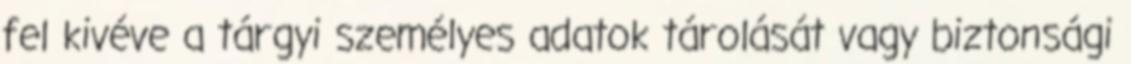
fel kivéve a tárgyi személyes adatok tárolását vagy biztonsági